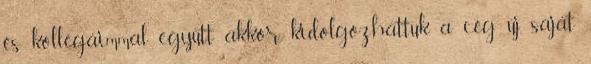
és kollégáimmal együtt akkor kidolgozhattuk a cég új, saját